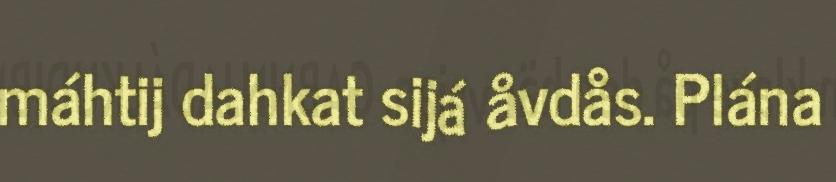
máhtij dahkat sijá åvdås. Plána